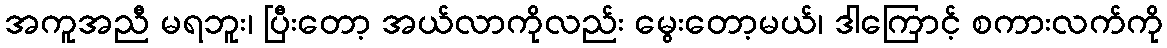
အကူအညီ မရဘူး၊ ပြီးတော့ အယ်လာကိုလည်း မွေးတော့မယ်၊ ဒါကြောင့် စကားလက်ကို